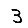
Digit: 3